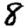
Digit: 8